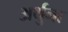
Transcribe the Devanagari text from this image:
अर्थुना